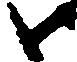
御